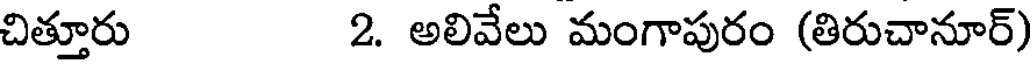
చిత్తూరు 2. అలివేలు మంగాపురం (తిరుచానూర్)